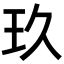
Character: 玖